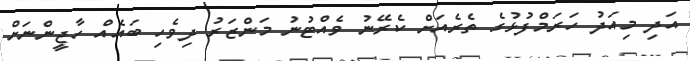
އަދި މިއަދު ހަރަމްފުޅުގެ ތެރެއަށް ކެރޭނު ވެއްޓުނު މަންޒަރު ދިވެހި ބައެއް ހާޖީންނަށް